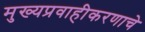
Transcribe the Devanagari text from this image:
मुख्यप्रवाहीकरणाचे